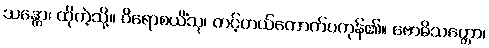
သန္တော၊ ထိုကဲ့သို့။ ဝိရောစယိံသု၊ တင့်တယ်တောက်ပကုန်၏။ ဗောဓိသတ္တော၊